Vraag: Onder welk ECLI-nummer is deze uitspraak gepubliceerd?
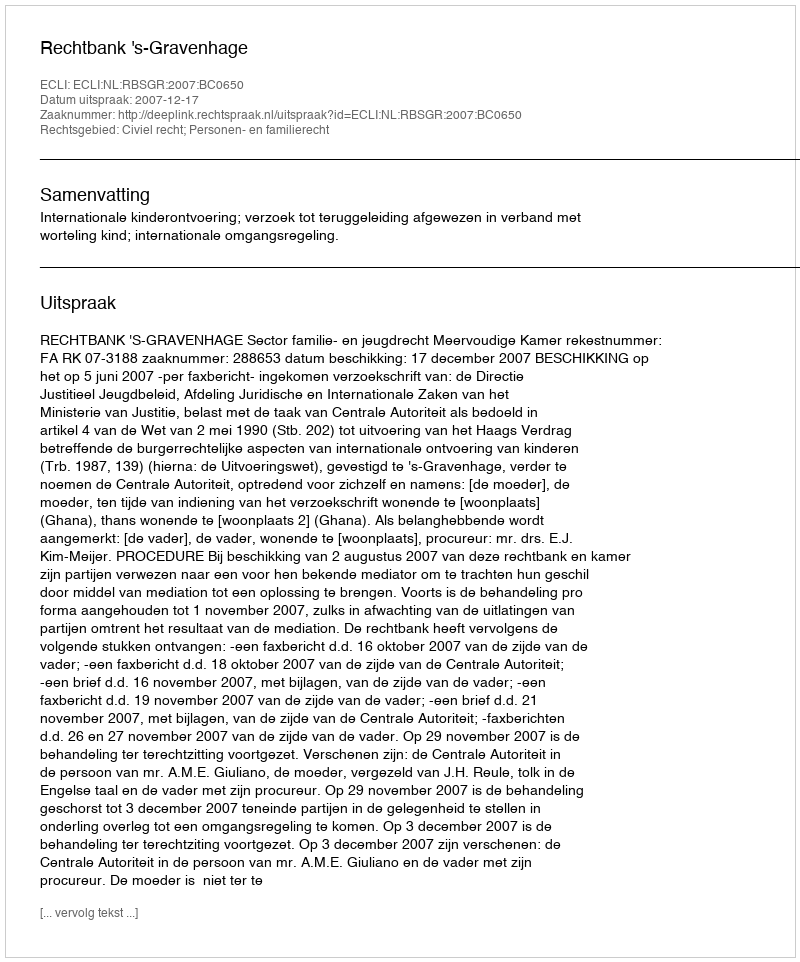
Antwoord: ECLI:NL:RBSGR:2007:BC0650